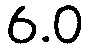
6.0